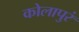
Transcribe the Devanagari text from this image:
कोलापुरं